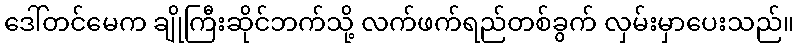
ဒေါ်တင်မေက ချိုကြီးဆိုင်ဘက်သို့ လက်ဖက်ရည်တစ်ခွက် လှမ်းမှာပေးသည်။